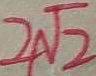
2 \sqrt { 2 }